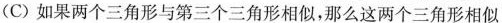
(C)如果两个三角形与第三个三角形相似，那么这两个三角形相似